Annual report on the working of the mental hospitals in the Madras Presidency - 1912-1932
Year: 1912
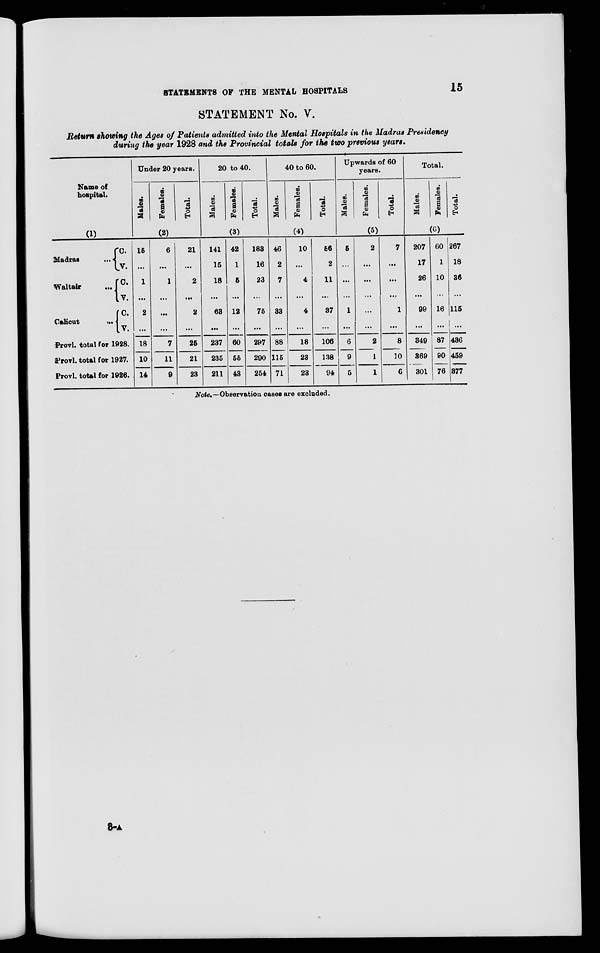
STATEMENTS OF THE MENTAL HOSPITALS
15
STATEMENT No. V.
Return showing the Ages of Patients admitted into the Mental Hospitals in the Madras Presidency
during the year 1928 and the Provincial totals for the two previous years.
Name of
hospital.
(1)
Madras
...
Waltair...
Calicut
C.
V.
C.
V.
C.
V.
Provl. total for 1928.
Provl. total for 1927.
Provl. total for 1926.
Under 20 years.
Males.
Females.
Total.
(2)
15
...
1
...
2
...
18
10
14
6
...
1
...
...
...
7
11
9
21
...
2
...
2
...
25
21
23
20 to 40.
Males.
Females.
Total.
(3)
141
15
18
...
68
...
237
235
211
42
1
5
...
12
...
60
55
43
183
16
23
...
75
...
297
290
254
40 to 60.
Males.
Females.
Total.
(4)
46
2
7
...
33
...
88
115
71
10
...
4
...
4
...
18
23
23
56
2
11
...
37
...
106
138
94
Upwards of 60
years.
Males.
Females.
Total.
(5)
6
...
...
...
1
...
6
9
5
2
...
...
...
...
...
2
1
1
7
...
...
...
1
...
8
10
6
Total.
Males.
Females.
Total.
(6)
207
17
26
...
99
...
349
369
301
60
1
10
...
16
...
87
90
76
267
18
36
...
115
...
436
459
377
Note.—Observation cases are excluded.
3-A